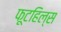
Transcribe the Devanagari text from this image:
फूटहिल्स